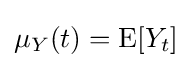
\mu _{Y}(t)=\operatorname {E} [Y_{t}]